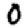
Digit: 0